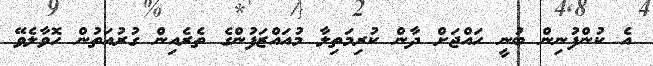
އެ ކުންފުނިން ބުނީ ހައްޖަށް ދާން ކުރިމަތިލާ މުއައްޒަފުންގެ ތެރެއިން ގުރުއަތުން ހޮވާލެވޭ